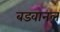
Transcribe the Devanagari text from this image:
बडवानल